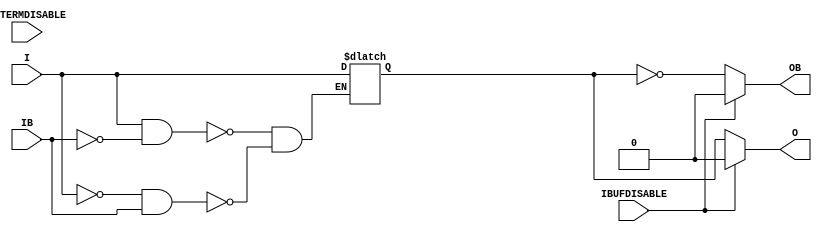
///////////////////////////////////////////////////////////////////////////////
// Copyright (c) 1995/2011 Xilinx, Inc.
// All Right Reserved.
///////////////////////////////////////////////////////////////////////////////
//   ____  ____
//  /   /\/   /
// /___/  \  /    Vendor : Xilinx
// \   \   \/     Version : 13.1
//  \   \         Description : Xilinx Formal Library Component
//  /   /                  Differential Signaling Input Buffer with Differential Outputs
// /___/   /\     Filename : IBUFDS_DIFF_OUT_INTERMDISABLE.v
// \   \  /  \    Timestamp : Wed Apr 20 17:49:56 PDT 2011
//  \___\/\___\
//
// Revision:
//    04/20/11 - Initial version.
// End Revision

`timescale  1 ps / 1 ps


module IBUFDS_DIFF_OUT_INTERMDISABLE (O, OB, I, IB, IBUFDISABLE, INTERMDISABLE);

    parameter DIFF_TERM = "FALSE";
    parameter IBUF_LOW_PWR = "TRUE";
    parameter IOSTANDARD = "DEFAULT";

    output O; 
    output OB;

    input I;
    input IB;
    input IBUFDISABLE;
    input INTERMDISABLE;

    reg  o_out;

    always @(I or IB) begin
	if (I == 1'b1 && IB == 1'b0)
	    o_out <= I;
	else if (I == 1'b0 && IB == 1'b1)
	    o_out <= I;
    end

   assign O  = (IBUFDISABLE == 0)? o_out  : (IBUFDISABLE == 1)? 1'b0  : 1'b0;
   assign OB = (IBUFDISABLE == 0)? ~o_out  : (IBUFDISABLE == 1)? 1'b0  : 1'b0;

endmodule